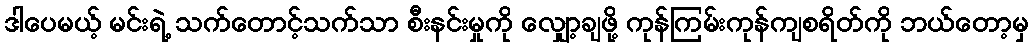
ဒါပေမယ့် မင်းရဲ့ သက်တောင့်သက်သာ စီးနင်းမှုကို လျှော့ချဖို့ ကုန်ကြမ်းကုန်ကျစရိတ်ကို ဘယ်တော့မှ